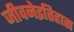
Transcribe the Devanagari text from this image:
जीवनेइतिहास